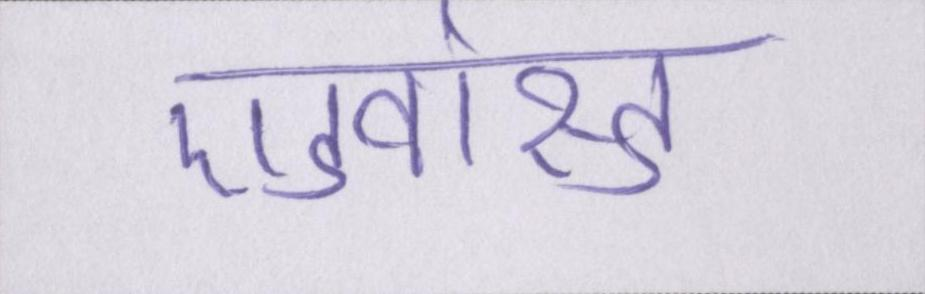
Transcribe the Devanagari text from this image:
एडवांस्ड